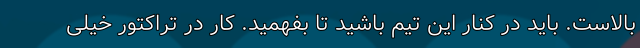
بالاست. باید در کنار این تیم باشید تا بفهمید. کار در تراکتور خیلی